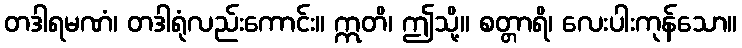
တဒါရမဏံ၊ တဒါရုံလည်းကောင်း။ ဣတိ၊ ဤသို့။ စတ္တာရိ၊ လေးပါးကုန်သော။